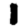
Digit: 1